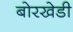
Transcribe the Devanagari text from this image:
बोरखेडी